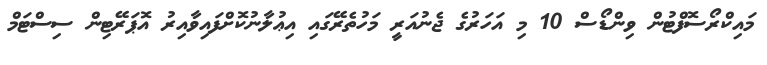
މައިކްރޯސޮފްޓުން ވިންޑޯސް 10 މި އަހަރުގެ ޖެނުއަރީ މަހުތެރޭގައި އިޢުލާނުކޮށްފައިވާއިރު އޮޕަރޭޓިން ސިސްޓަމް